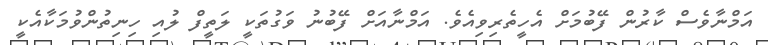
އަމްނާވެސް ކާރުން ފޭބުމަށް އެހީތެރިވިއެވެ. އަމްނާއަށް ފޭބުނު ވަގުތަކީ ލަތީފް ލުއި ހިނިތުންވުމަކާއެކީ